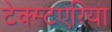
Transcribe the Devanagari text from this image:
टेक्स्टएरिया